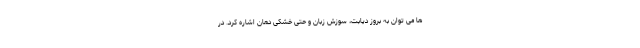
ها می توان به بروز دیابت، سوزش زبان و حتی خشکی دهان اشاره کرد. در